Vaccine operations Central Provinces 1886-1899 - 1886-1899
Year: 1886
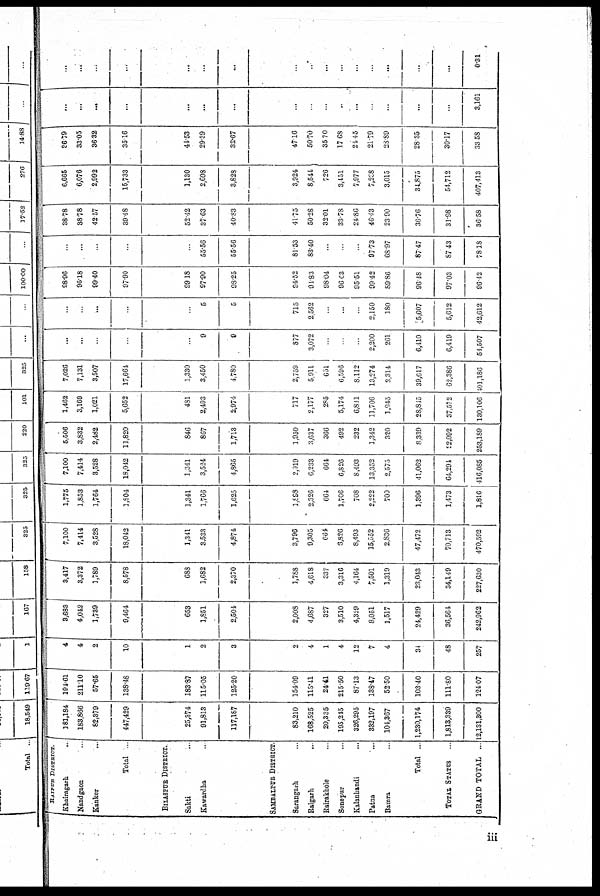
RAIPUR DISTRICT.
Khairagarh ...
Nandgaon ...
Kanker ...
Total ..
BILASPUR DISTRICT.
Sakti ...
Kawardha ...
SAMBALPUR DISTRICT.
Sarangarh ...
Raigarh
..
Rairakhole ...
Sonepur ...
Kalanhandi ...
Patna ...
Bamra ...
Total ...
TOTAL STATES
...
GRAND TOTAL ..
181,184
183,866
82,379
447,429
25,374
91,813
117,187
83,210
168,525
20,335
195,245
326,295
332,197
104,367
1,230,174
1,813,339
12,131,300
191.01
211.10
57.65
138.48
183.87
115.05
125.20
154.09
118.41
24.41
215.50
87.13
138.47
52.50
103.40
111.80
124.07
4
4
2
10
1
2
3
2
4
1
4
12
7
4
34
48
257
3,683
4,042
1,739
9,464
653
1,851
2,504
2,008
4,687
327
3,510
4,329
8,051
1,517
24,429
36,561
242,962
3,417
3,372
1,789
8,578
688
1,682
2,370
1,788
4,618
337
3,316
4,164
7,501
1,319
23,043
34,149
227,630
7,100
7,414
3,528
18,042
1,341
3,533
4,874
3,796
9,305
664
6,826
8,493
15,552
2,836
47,472
70,713
470,592
1,775
1,853
1,764
1,804
1,341
1,766
1,625
1,989
2,326
661
1,706
708
2,222
709
1,396
1,473
1,816
7,100
7,414
3,528
18,042
1,341
3,524
4,865
2,019
6,233
661
6,826
8,493
13,352
2,575
41,062
64,291
416,085
5,506
3,832
2,482
11,820
846
867
1,713
1,950
3,637
366
492
232
1,342
320
8,339
32,092
253,189
1,462
3,169
1,021
5,652
431
2,493
2,974
717
2,177
285
5,174
6,811
11,706
1,945
28,815
37,572
130,106
7,026
7,131
3,507
17,664
1,330
3,450
4,780
2,759
5,911
651
6,596
8,112
13,274
2,314
39,617
62,386
101,18G
...
...
...
...
...
9
9
877
3,072
...
...
...
2,200
261
6,410
6,419
54,507
...
...
...
...
...
5
5
715
2,562
...
...
...
2,150
180
5,607
5,612
42,612
98.96
96.18
99.40
97.90
99.18
97.90
98.25
94.52
91.83
98.04
96.03
95.51
99.42
89.86
96.48
97.03
96.42
...
...
...
...
...
55.56
55.56
81.53
83.40
...
...
...
97.73
68.97
87.47
87.43
78.18
38.78
38.78
42.57
39.48
52.42
37.63
40.83
41.75
50.28
32.01
33.78
24.86
46.43
23.90
36.76
31.98
36.58
6,665
6,076
2,992
15,733
1,130
2,698
3,823
3,924
8,511
726
3,451
7,977
7,298
3,015
34,875
54,712
407,413
36.79
33.05
36.32
35.16
41.53
29.39
32.67
47.16
50.70
35.70
17.68
21.45
21.79
23.89
28.35
30.17
33.58
...
...
...
...
...
...
...
...
...
...
..
...
...
...
...
...
3,161
...
...
...
...
...
...
...
...
...
...
...
...
...
...
...
...
0.31
iii